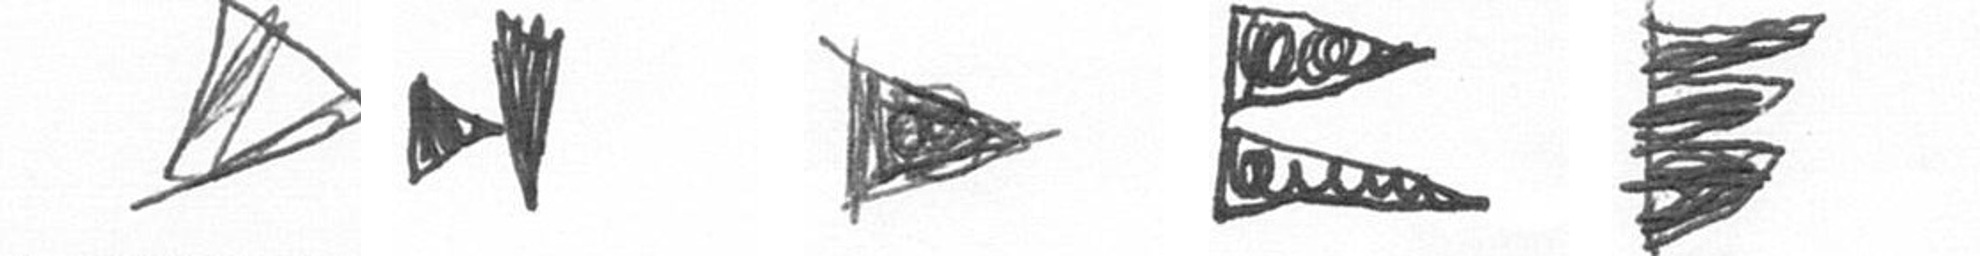
O M T P H